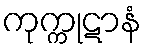
ကုက္ကုဋာနံ